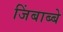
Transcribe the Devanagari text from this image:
जिंबाब्बे